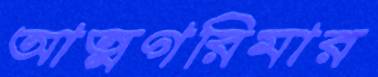
আত্মগরিমার